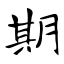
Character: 期